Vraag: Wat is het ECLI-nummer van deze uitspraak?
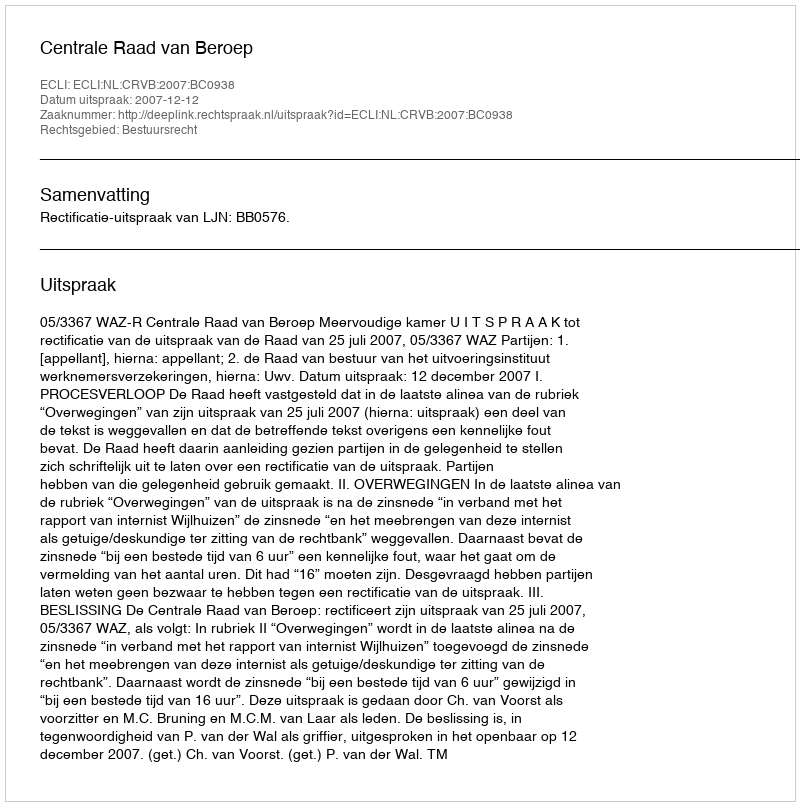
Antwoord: ECLI:NL:CRVB:2007:BC0938